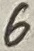
Text: 6